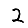
Digit: 2